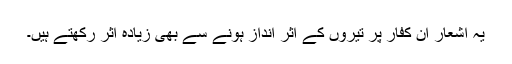
یہ اشعار ان کفار پر تیروں کے اثر انداز ہونے سے بھی زیادہ اثر رکھتے ہیں۔